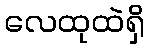
လေထုထဲရှိ